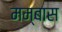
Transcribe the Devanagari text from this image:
मम्बास